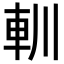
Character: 䡅